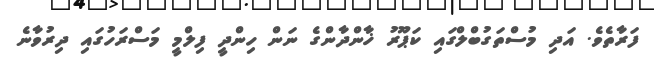
ފަރާތެވެ. އަދި މުސްތަގުބްލްގައި ކަޕޫރު ޚާންދާންގެ ނަން ހިންދީ ފިލްމީ މަސްރަހުގައި ދިރުވާނެ